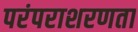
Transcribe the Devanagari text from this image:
परंपराशरणता